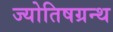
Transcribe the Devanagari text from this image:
ज्योतिषग्रन्थ